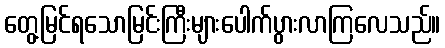
တွေ့မြင်ရသောမြင်းကြီးများပေါက်ပွားလာကြလေသည်။